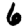
Digit: 6